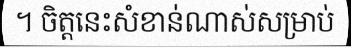
។ ចិត្តនេះសំខាន់ណាស់សម្រាប់